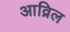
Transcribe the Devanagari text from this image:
आव्रिल